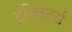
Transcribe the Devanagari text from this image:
ट्रंज़िस्टर्स